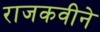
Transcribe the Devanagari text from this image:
राजकवीने